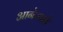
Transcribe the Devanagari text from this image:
आनेजाने